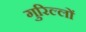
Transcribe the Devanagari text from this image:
गुरिल्लों